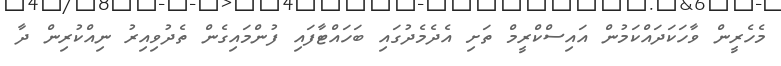
މެހެރީން ވާހަކަދައްކަމުން އައިސްކްރީމް ތަށި އެދެމެދުގައި ބަހައްޓާފައި ފުންމައިގެން ތެދުވިއިރު ނިއްކުރިން ދާ